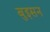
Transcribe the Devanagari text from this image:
बुइसन